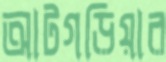
আটগড়িয়ার